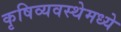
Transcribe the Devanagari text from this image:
कृषिव्यवस्थेमध्ये